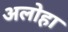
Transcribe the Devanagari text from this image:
अलोहा